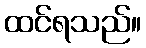
ထင်ရသည်။